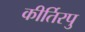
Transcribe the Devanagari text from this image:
कीर्तिरपु